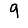
Digit: 9